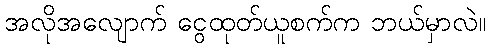
အလိုအလျောက် ငွေထုတ်ယူစက်က ဘယ်မှာလဲ။